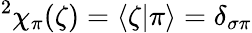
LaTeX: ^2\chi_{\pi}(\zeta)=\langle\zeta|\pi\rangle=\delta_{\sigma\pi}